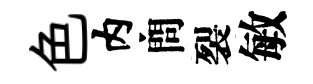
色内問裂敏